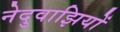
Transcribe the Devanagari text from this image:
नेदुवाझियों